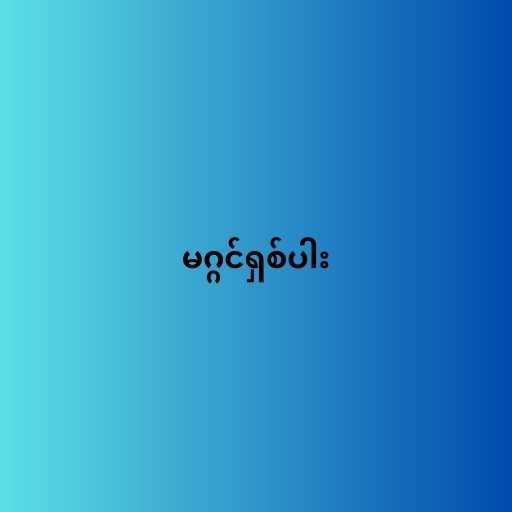
မဂ္ဂင်ရှစ်ပါး